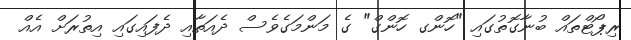
ރިޕޯޓްތައް ބުނާގޮތުގައި "ހޮންގ ހޮންގް" ގެ މަންމަގެވެސް ދެއަތާއި ދެފައިގައި އިތުރަށް އެއް